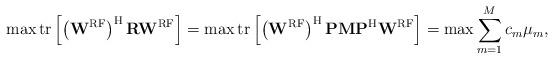
LaTeX: \begin{align*}\max \mathrm{tr} \left[ \left(\mathbf{W}^{\mathrm{RF}}\right)^{\mathrm{H}} \mathbf{R} \mathbf{W}^{\mathrm{RF}} \right] = \max \mathrm{tr} \left[ \left(\mathbf{W}^{\mathrm{RF}}\right)^{\mathrm{H}} \mathbf{P} \mathbf{M} \mathbf{P}^\mathrm{H} \mathbf{W}^{\mathrm{RF}} \right] = \max \sum_{m=1}^M c_m \mu_m,\end{align*}